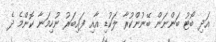
އަދި ބޯޓު ބަންނަން ބޭނުންކުރާ ލަކުޑި އާއި ފައިބަރު ނުހިމަނާ ކޮންމެ ދެ